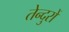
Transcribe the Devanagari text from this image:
तेन्दुरों